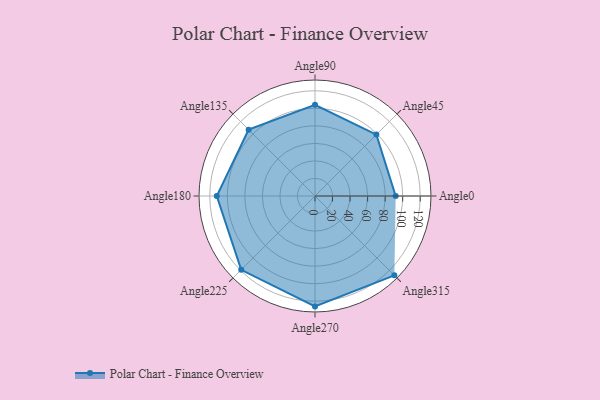
{"axis": {"x": "Angle", "y": "Radius"}, "legend": [""], "data": [{"x": "Angle0", "y": 92.0, "type": ""}, {"x": "Angle45", "y": 99.0, "type": ""}, {"x": "Angle90", "y": 104.0, "type": ""}, {"x": "Angle135", "y": 107.0, "type": ""}, {"x": "Angle180", "y": 112.0, "type": ""}, {"x": "Angle225", "y": 119.0, "type": ""}, {"x": "Angle270", "y": 126.0, "type": ""}, {"x": "Angle315", "y": 128.0, "type": ""}]}